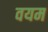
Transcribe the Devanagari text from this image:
वयम